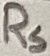
Text: RS